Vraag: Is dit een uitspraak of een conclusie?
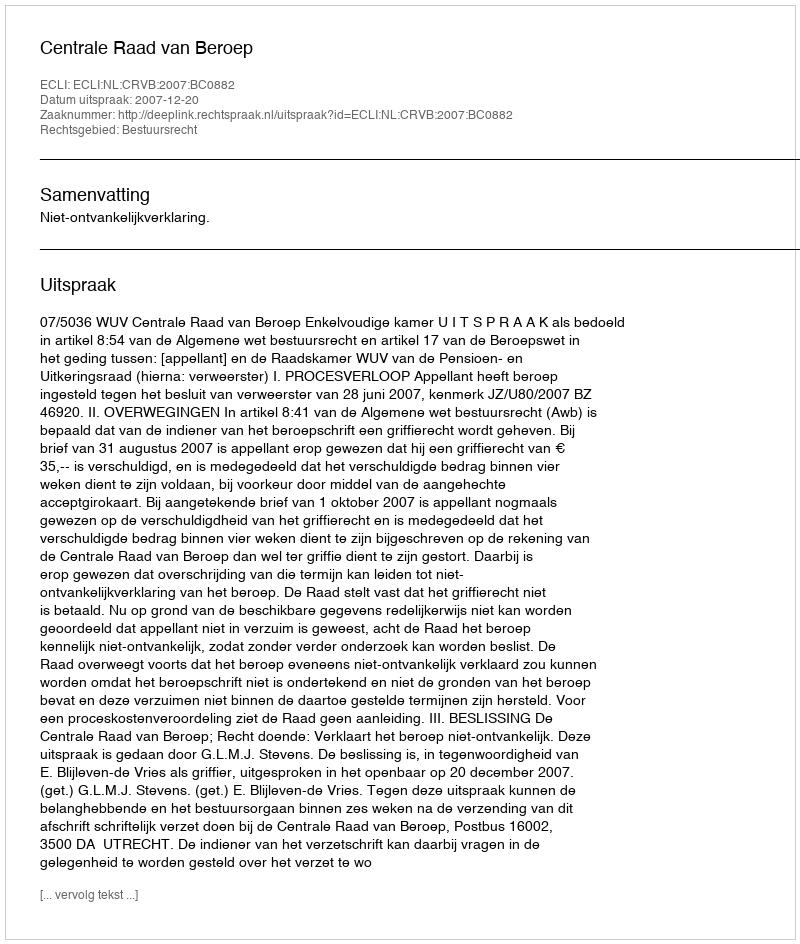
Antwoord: Uitspraak